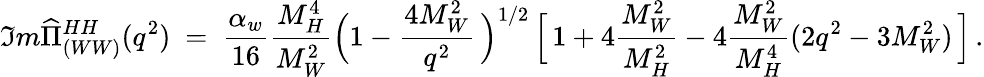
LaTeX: \Im m\widehat{\Pi}_{(WW)}^{HH}(q^{2})\ =\ \frac{\alpha_{w}}{16}\frac{M_{H}^{4}}{M_{W}^{2}}\Big(1-\frac{4M_{W}^{2}}{q^{2}}\, \Big)^{1/2}\, \Big[\, 1+4\frac{M_{W}^{2}}{M_{H}^{2}}-4\frac{M_{W}^{2}}{M_{H}^{4}}(2q^{2}-3M_{W}^{2})\, \Big]\, .